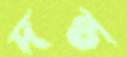
দন্ত